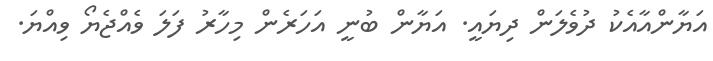
އަޔާންއާއެކު ދުވެލަން ދިޔައީ. އަޔާން ބުނީ އަހަރެން މިހާރު ފަލަ ވެއްޖެޔޯ ވިއްޔަ.